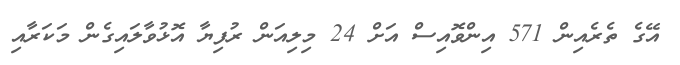
އޭގެ ތެރެއިން 571 އިންވޮއިސް އަށް 24 މިލިއަން ރުފިޔާ އޮޅުވާލައިގެން މަކަރާއި